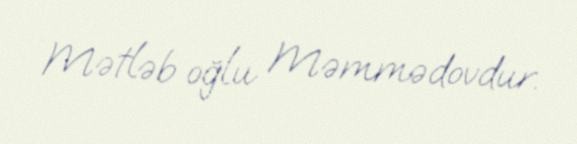
Mətləb oğlu Məmmədovdur.